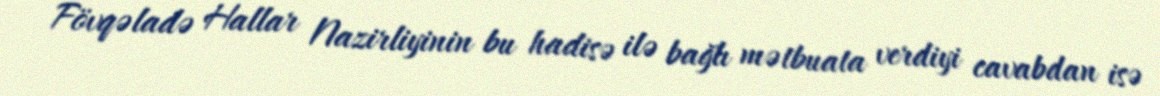
Fövqəladə Hallar Nazirliyinin bu hadisə ilə bağlı mətbuata verdiyi cavabdan isə